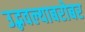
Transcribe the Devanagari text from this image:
उद्भवल्याबरोबर